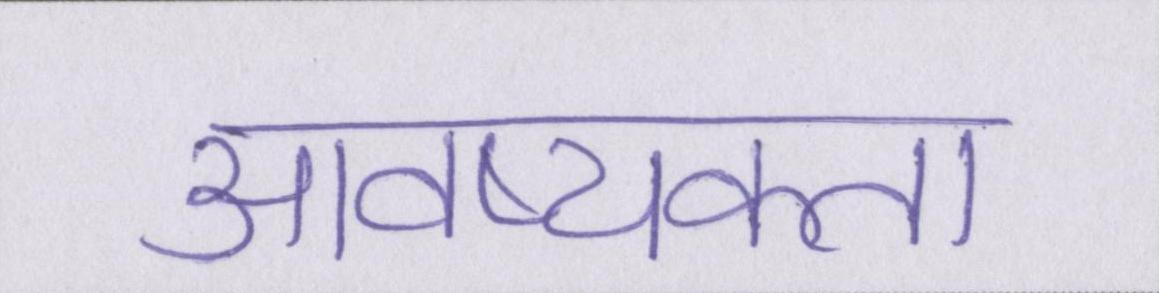
आवष्यकता